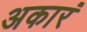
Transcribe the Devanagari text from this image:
अकारं